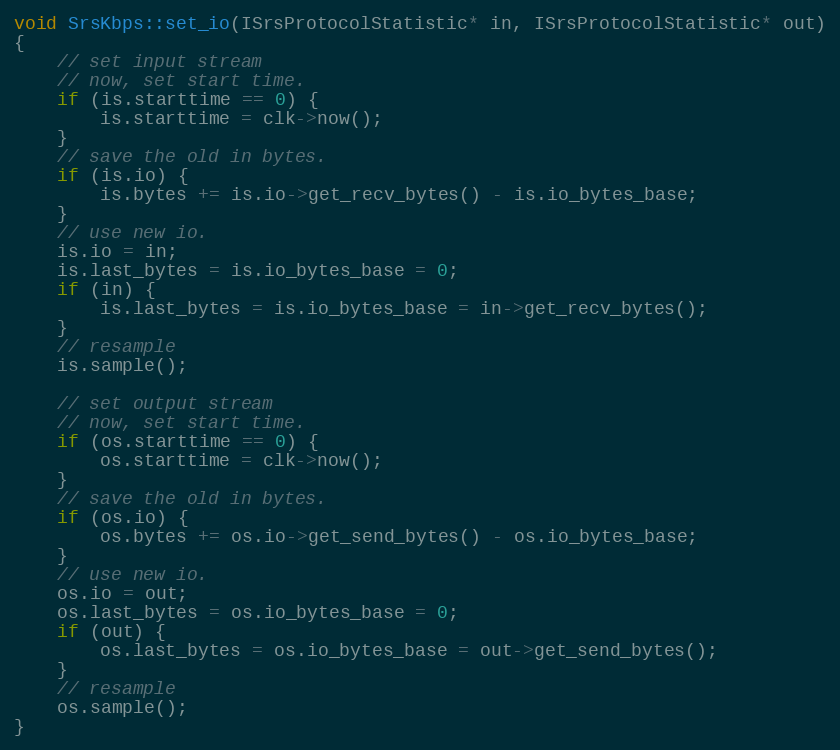
Language: C++
void SrsKbps::set_io(ISrsProtocolStatistic* in, ISrsProtocolStatistic* out)
{
    // set input stream
    // now, set start time.
    if (is.starttime == 0) {
        is.starttime = clk->now();
    }
    // save the old in bytes.
    if (is.io) {
        is.bytes += is.io->get_recv_bytes() - is.io_bytes_base;
    }
    // use new io.
    is.io = in;
    is.last_bytes = is.io_bytes_base = 0;
    if (in) {
        is.last_bytes = is.io_bytes_base = in->get_recv_bytes();
    }
    // resample
    is.sample();

    // set output stream
    // now, set start time.
    if (os.starttime == 0) {
        os.starttime = clk->now();
    }
    // save the old in bytes.
    if (os.io) {
        os.bytes += os.io->get_send_bytes() - os.io_bytes_base;
    }
    // use new io.
    os.io = out;
    os.last_bytes = os.io_bytes_base = 0;
    if (out) {
        os.last_bytes = os.io_bytes_base = out->get_send_bytes();
    }
    // resample
    os.sample();
}